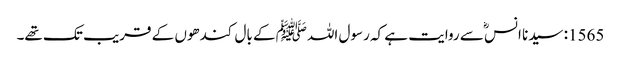
1565: سیدنا انسؓ سے روایت ہے کہ رسول اللہﷺ کے بال کندھوں کے قریب تک تھے۔